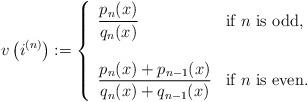
LaTeX: \begin{align*}v\left(i^{(n)}\right):=\left\{\begin{array}{lll}\displaystyle\frac{p_n(x)}{q_n(x)} & \mbox{if $n$ is odd,} \\\\\displaystyle\frac{p_n(x)+p_{n-1}(x)}{q_n(x)+q_{n-1}(x)} & \mbox{if $n$ is even}.\end{array}\right. \end{align*}